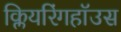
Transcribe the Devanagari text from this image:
क्लियरिंगहॉउस